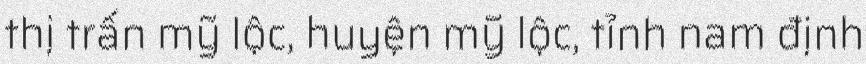
thị trấn mỹ lộc, huyện mỹ lộc, tỉnh nam định